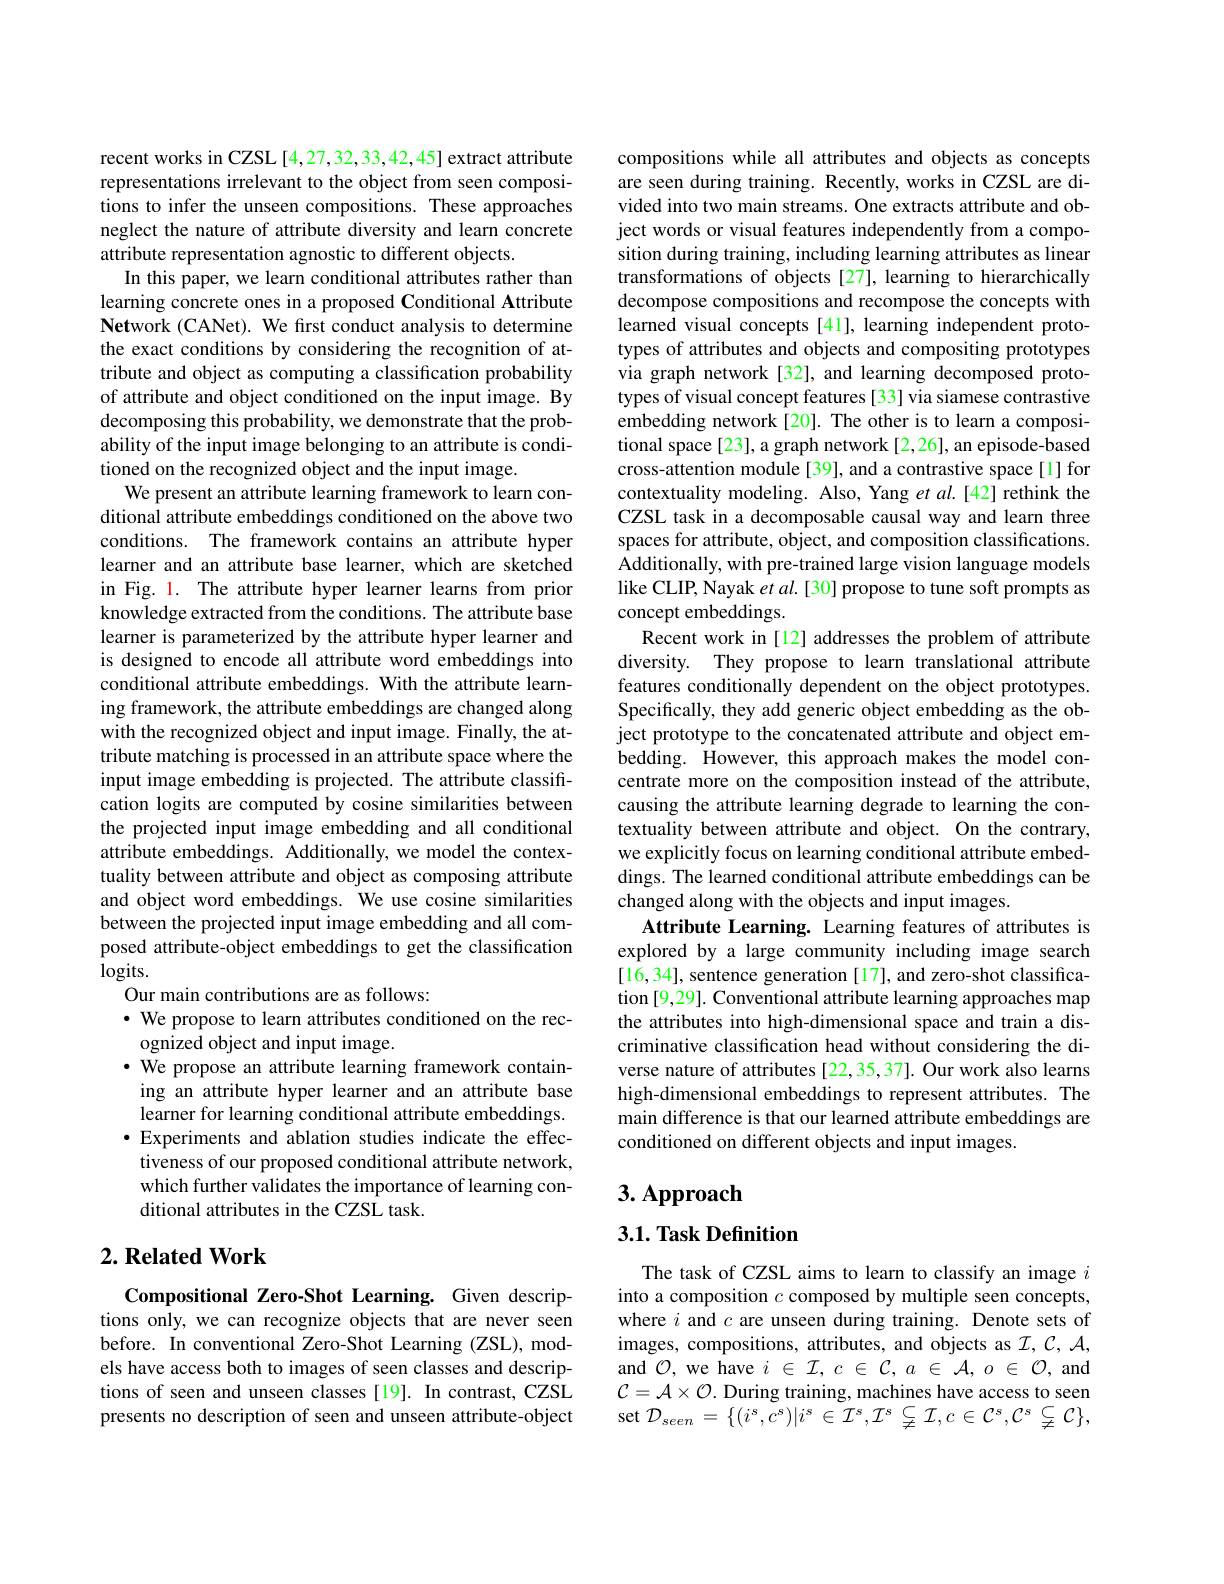
recent works in CZSL [4,27,32,33,42,45] extract attribute representations irrelevant to the object from seen compositions to infer the unseen compositions. These approaches neglect the nature of attribute diversity and learn concrete attribute representation agnostic to different objects.
In this paper, we learn conditional attributes rather than learning concrete ones in a proposed Conditional Attribute Network (CANet). We first conduct analysis to determine the exact conditions by considering the recognition of attribute and object as computing a classification probability of attribute and object conditioned on the input image. By decomposing this probability, we demonstrate that the probability of the input image belonging to an attribute is conditioned on the recognized object and the input image.
We present an attribute learning framework to learn conditional attribute embeddings conditioned on the above two conditions. The framework contains an attribute hyper learner and an attribute base learner, which are sketched in Fig. 1. The attribute hyper learner learns from prior knowledge extracted from the conditions. The attribute base learner is parameterized by the attribute hyper learner and is designed to encode all attribute word embeddings into conditional attribute embeddings. With the attribute learning framework, the attribute embeddings are changed along with the recognized object and input image. Finally, the attribute matching is processed in an attribute space where the input image embedding is projected. The attribute classification logits are computed by cosine similarities between the projected input image embedding and all conditional attribute embeddings. Additionally, we model the contextuality between attribute and object as composing attribute and object word embeddings. We use cosine similarities between the projected input image embedding and all composed attribute-object embeddings to get the classification $\log$its.
Our main contributions are as follows:
$\cdot$ We propose to learn attributes conditioned on the rec-
ognized object and input image.
$\cdot$ We propose an attribute learning framework containing an attribute hyper learner and an attribute base learner for learning conditional attribute embeddings. $\bullet$ Experiments and ablation studies indicate the effectiveness of our proposed conditional attribute network, which further validates the importance of learning conditional attributes in the CZSL task.

## $2. \textbf{ Related Work}$

Compositional Zero-Shot Learning. Given descriptions only, we can recognize objects that are never seen before. In conventional Zero-Shot Learning (ZSL), models have access both to images of seen classes and descriptions of seen and unseen classes [19]. In contrast, CZSL presents no description of seen and unseen attribute-object

compositions while all attributes and objects as concepts are seen during training. Recently, works in CZSL are divided into two main streams. One extracts attribute and object words or visual features independently from a composition during training, including learning attributes as linear transformations of objects [27], learning to hierarchically decompose compositions and recompose the concepts with learned visual concepts [41], learning independent prototypes of attributes and objects and compositing prototypes via graph network [32], and learning decomposed prototypes of visual concept features[33] via siamese contrastive embedding network[20]. The other is to learn a compositional space[23], a graph network[2,26], an episode-based cross-attention module [39], and a contrastive space [1] for contextuality modeling. Also, Yang et $al.[42]$ rethink the CZSL task in a decomposable causal way and learn three spaces for attribute, object, and composition classifications. Additionally, with pre-trained large vision language models like CLIP, Nayak $etal.[30]$ propose to tune soft prompts as concept embeddings.
Recent work in [12] addresses the problem of attribute diversity. They propose to learn translational attribute features conditionally dependent on the object prototypes. Specifically, they add generic object embedding as the object prototype to the concatenated attribute and object embedding. However, this approach makes the model concentrate more on the composition instead of the attribute, causing the attribute learning degrade to learning the contextuality between attribute and object. On the contrary, we explicitly focus on learning conditional attribute embeddings. The learned conditional attribute embeddings can be changed along with the objects and input images.
Attribute Learning. Learning features of attributes is explored by a large community including image search [16,34], sentence generation [17], and zero-shot classification [9,29]. Conventional attribute learning approaches map the attributes into high-dimensional space and train a discriminative classification head without considering the diverse nature of attributes [22,35,37]. Our work also learns high-dimensional embeddings to represent attributes. The main difference is that our learned attribute embeddings are conditioned on different objects and input images.

# 3. Approach

3.1. Task Definition

The task of CZSL aims to learn to classify an image $i$ into a composition $c$ composed by multiple seen concepts, where $i$ and $c$ are unseen during training. Denote sets of images, compositions, attributes, and objects as $\mathcal{I},\mathcal{C},\mathcal{A}$, and $\mathcal{O}$, we have $i\in\mathcal{I},c\in\mathcal{C},a\in\mathcal{A},o\in\mathcal{O}$, and $\mathcal{C}=\mathcal{A}\times\mathcal{O}.$ During training, machines have access to seen set $\mathcal{D}_{seen}=\{(i^{s},c^{s})|i^{s}\in\mathcal{I}^{s},\mathcal{I}^{s}\subsetneqq\mathcal{I},c\in\mathcal{C}^{s},\mathcal{C}^{s}\subsetneqq\mathcal{C}\}$,